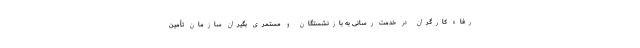
رفاه کارگران در خدمت رسانی به بازنشستگان و مستمری بگیران سازمان تأمین